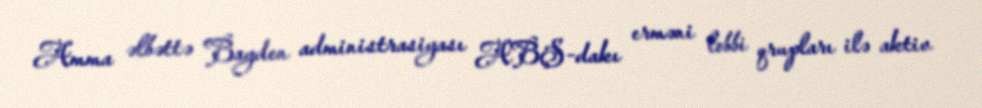
Amma əlbəttə Bayden administrasiyası ABŞ-dakı erməni lobbi qrupları ilə aktiv